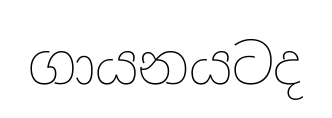
ගායනයටද